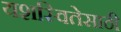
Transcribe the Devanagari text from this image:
यशस्वितेसाठी